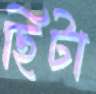
ছিটা